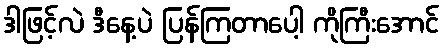
ဒါဖြင့်လဲ ဒီနေ့ပဲ ပြန်ကြတာပေါ့ ကိုကြီးအောင်